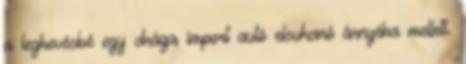
a legkevésbé egy drága import autó elsuhanó árnyéka mellett.